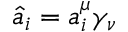
\hat { a } _ { i } = a _ { i } ^ { \mu } \gamma _ { \nu }